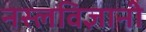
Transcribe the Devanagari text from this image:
नस्लविज्ञानी